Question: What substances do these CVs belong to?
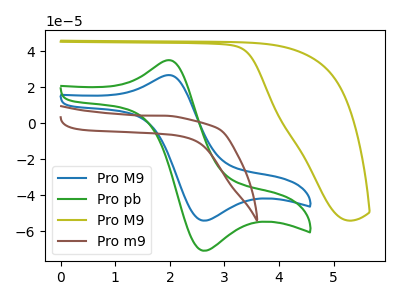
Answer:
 <answer>The blue curve is labeled "Pro M9". The green curve is labeled "Pro pb". The olive curve is labeled "Pro M9". The brown curve is labeled "Pro m9".</answer>
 <eval></eval>